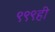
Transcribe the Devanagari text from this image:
९९९ही